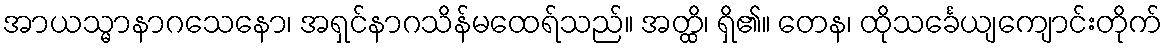
အာယသ္မာနာဂသေနော၊ အရှင်နာဂသိန်မထေရ်သည်။ အတ္ထိ၊ ရှိ၏။ တေန၊ ထိုသင်္ခေယျကျောင်းတိုက်